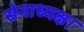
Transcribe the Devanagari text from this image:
सेनाध्यक्ष।